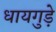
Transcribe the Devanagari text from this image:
धायगुड़े